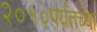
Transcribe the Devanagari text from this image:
२०१०पर्यंतच्या